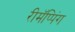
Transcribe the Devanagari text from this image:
रीमॅप्पिंग